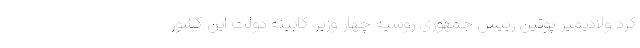
کرد ولادیمیر پوتین رییس جمهوری روسیه چهار وزیر کابینه دولت این کشور